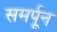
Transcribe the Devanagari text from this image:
समर्पून